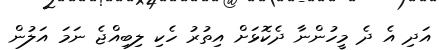
އަދި އެ ދެ މީހުންނާ ދެކޮޅަށް އިތުރު ހެކި ލިބިއްޖެ ނަމަ އަލުން